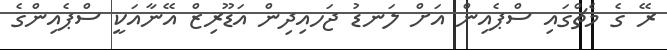
ރޭ ގެ މެޗްގައި ސްޕެއިން އަށް ލަނޑު ޖަހއިދިން އަޑޫރިޒް އޭނާއަކީ ސްޕެއިންގެ